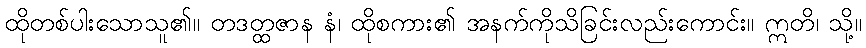
ထိုတစ်ပါးသောသူ၏။ တဒတ္ထဇာန နံ၊ ထိုစကား၏ အနက်ကိုသိခြင်းလည်းကောင်း။ ဣတိ၊ သို့။